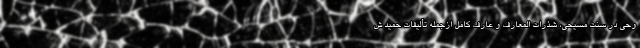
وحی در سنت مسیحی، شذرات المعارف و عارف کامل ازجمله تألیفات حمید ش